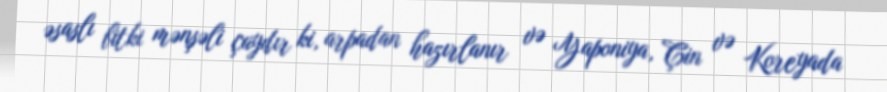
əsaslı bitki mənşəli çaydır ki, arpadan hazırlanır və Yaponiya, Çin və Koreyada